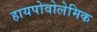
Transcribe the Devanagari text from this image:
हायपोवोलेमिक